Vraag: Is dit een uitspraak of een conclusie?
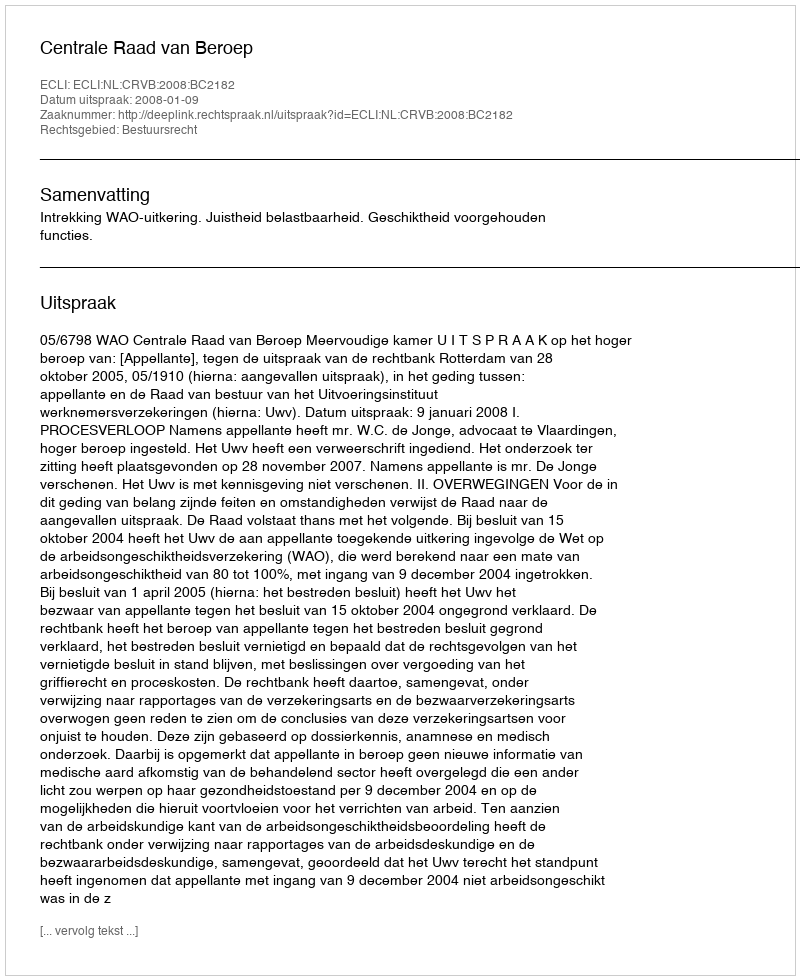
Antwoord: Uitspraak